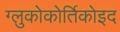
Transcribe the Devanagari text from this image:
ग्लुकोकोर्तिकोइद